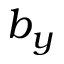
b _ { y }